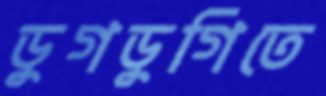
ডুগডুগিতে